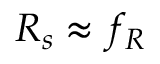
R _ { s } \approx f _ { R }